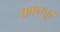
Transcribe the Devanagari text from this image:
कानत्तूर